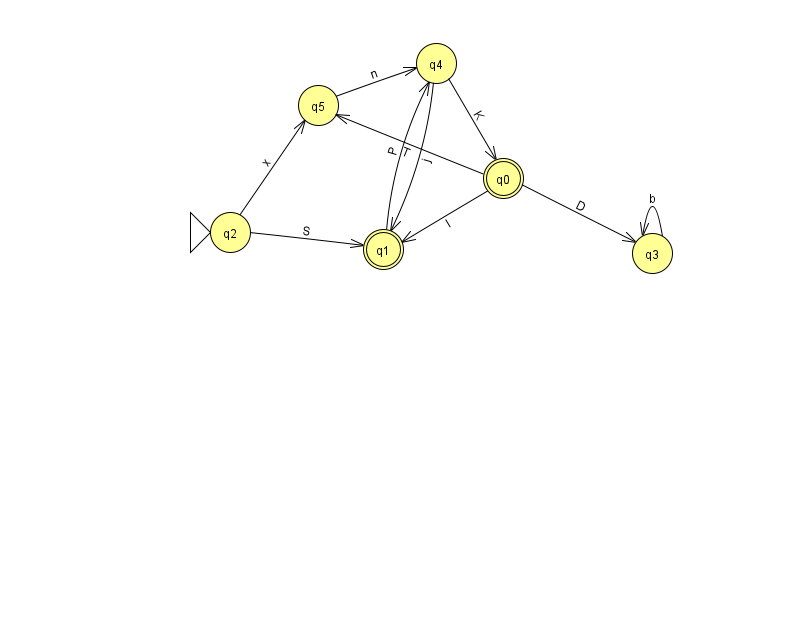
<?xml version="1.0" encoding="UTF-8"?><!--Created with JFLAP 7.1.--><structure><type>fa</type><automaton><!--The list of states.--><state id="0" name="q0"><x>503.0</x><y>165.0</y><final/></state><state id="1" name="q1"><x>383.0</x><y>236.0</y><final/></state><state id="2" name="q2"><x>230.0</x><y>219.0</y><initial/></state><state id="3" name="q3"><x>652.0</x><y>240.0</y></state><state id="4" name="q4"><x>436.0</x><y>50.0</y></state><state id="5" name="q5"><x>318.0</x><y>92.0</y></state><!--The list of transitions.--><transition><from>1</from><to>4</to><read>P</read></transition><transition><from>3</from><to>3</to><read>b</read></transition><transition><from>5</from><to>4</to><read>n</read></transition><transition><from>0</from><to>3</to><read>D</read></transition><transition><from>4</from><to>1</to><read>j</read></transition><transition><from>2</from><to>1</to><read>S</read></transition><transition><from>2</from><to>5</to><read>x</read></transition><transition><from>4</from><to>0</to><read>K</read></transition><transition><from>0</from><to>1</to><read>I</read></transition><transition><from>0</from><to>5</to><read>T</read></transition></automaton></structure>